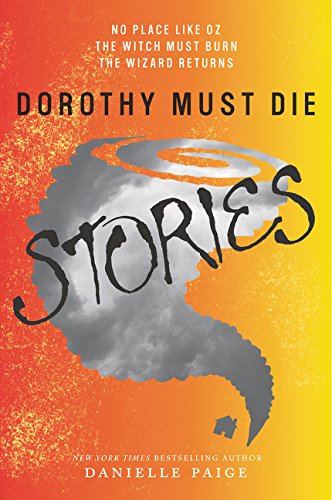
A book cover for Dorothy Must Die Stories: No Place Like Oz, The Witch Must Burn, The Wizard Returns (Dorothy Must Die Novella); Danielle Paige; Teen & Young Adult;